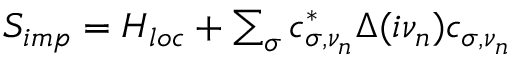
\begin{array} { r } { S _ { i m p } = H _ { l o c } + \sum _ { \sigma } c _ { \sigma , \nu _ { n } } ^ { * } \Delta ( i \nu _ { n } ) c _ { \sigma , \nu _ { n } } } \end{array}